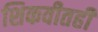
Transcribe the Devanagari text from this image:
शिकवीतही